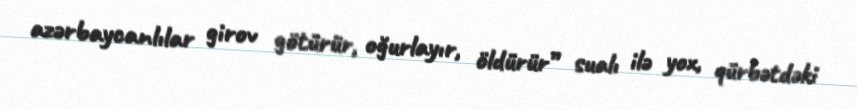
azərbaycanlılar girov götürür, oğurlayır, öldürür” sualı ilə yox, qürbətdəki